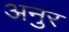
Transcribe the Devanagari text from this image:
अनुर